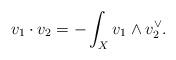
LaTeX: \begin{align*}v_1\cdot v_2=-\int_X v_1\wedge v_2^\vee.\end{align*}